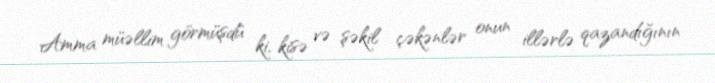
Amma müəllim görmüşdü ki, kisə və şəkil çəkənlər onun illərlə qazandığının